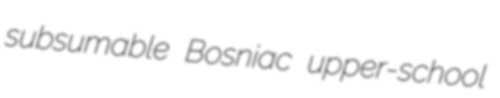
subsumable Bosniac upper-school